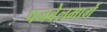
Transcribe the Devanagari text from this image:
पनवेलमार्गे